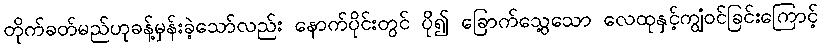
တိုက်ခတ်မည်ဟုခန့်မှန်းခဲ့သော်လည်း နောက်ပိုင်းတွင် ပို၍ ခြောက်သွေ့သော လေထုနှင့်ကျွံဝင်ခြင်းကြောင့်